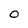
Character: O